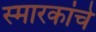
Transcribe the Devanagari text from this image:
स्‍मारकांचे